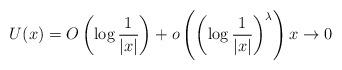
LaTeX: \begin{align*} U(x)=O\left( \log\frac{1}{|x|}\right)+o\left( \left(\log\frac{1}{|x|}\right)^\lambda \right) x\to0 \end{align*}